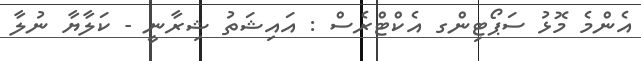
އެންމެ މޮޅު ސަޕޯޓިންގ އެކްޓްރެސް : އައިޝަތު ޝިރާނީ - ކަލާޔާ ނުލާ